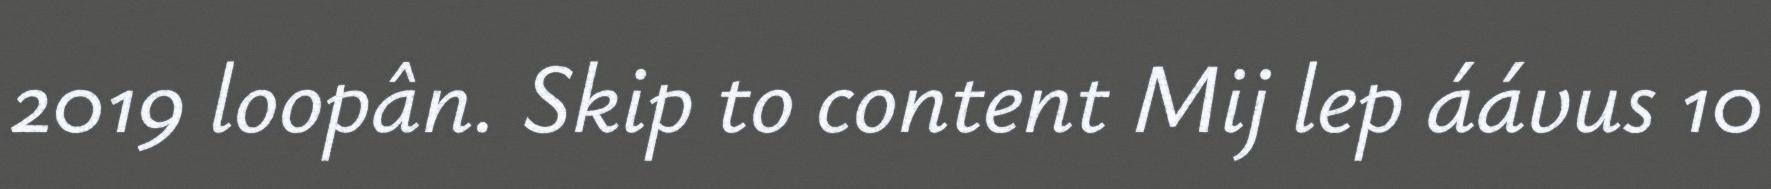
2019 loopân. Skip to content Mij lep áávus 10